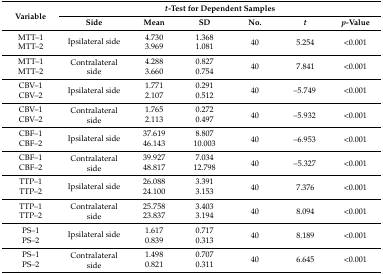
<table><thead><tr><td rowspan="2"><b>Variable</b></td><td colspan="6"><b><i>t</i>-Test for Dependent Samples</b></td></tr><tr><td><b>Side</b></td><td><b>Mean</b></td><td><b>SD</b></td><td><b>No.</b></td><td><b><i>t</i></b></td><td><b><i>p</i>-Value</b></td></tr></thead><tbody><tr><td>MTT–1</td><td rowspan="2">Ipsilateral side</td><td>4.730</td><td>1.368</td><td rowspan="2">40</td><td rowspan="2">5.254</td><td rowspan="2">&lt;0.001</td></tr><tr><td>MTT–2</td><td>3.969</td><td>1.081</td></tr><tr><td>MTT–1</td><td rowspan="2">Contralateral side</td><td>4.288</td><td>0.827</td><td rowspan="2">40</td><td rowspan="2">7.841</td><td rowspan="2">&lt;0.001</td></tr><tr><td>MTT–2</td><td>3.660</td><td>0.754</td></tr><tr><td>CBV–1</td><td rowspan="2">Ipsilateral side</td><td>1.771</td><td>0.291</td><td rowspan="2">40</td><td rowspan="2">–5.749</td><td rowspan="2">&lt;0.001</td></tr><tr><td>CBV–2</td><td>2.107</td><td>0.512</td></tr><tr><td>CBV–1</td><td rowspan="2">Contralateral side</td><td>1.765</td><td>0.272</td><td rowspan="2">40</td><td rowspan="2">–5.932</td><td rowspan="2">&lt;0.001</td></tr><tr><td>CBV–2</td><td>2.113</td><td>0.497</td></tr><tr><td>CBF–1</td><td rowspan="2">Ipsilateral side</td><td>37.619</td><td>8.807</td><td rowspan="2">40</td><td rowspan="2">–6.953</td><td rowspan="2">&lt;0.001</td></tr><tr><td>CBF–2</td><td>46.143</td><td>10.003</td></tr><tr><td>CBF–1</td><td rowspan="2">Contralateral side</td><td>39.927</td><td>7.034</td><td rowspan="2">40</td><td rowspan="2">–5.327</td><td rowspan="2">&lt;0.001</td></tr><tr><td>CBF–2</td><td>48.817</td><td>12.798</td></tr><tr><td>TTP–1</td><td rowspan="2">Ipsilateral side</td><td>26.088</td><td>3.391</td><td rowspan="2">40</td><td rowspan="2">7.376</td><td rowspan="2">&lt;0.001</td></tr><tr><td>TTP–2</td><td>24.100</td><td>3.153</td></tr><tr><td>TTP–1</td><td rowspan="2">Contralateral side</td><td>25.758</td><td>3.403</td><td rowspan="2">40</td><td rowspan="2">8.094</td><td rowspan="2">&lt;0.001</td></tr><tr><td>TTP–2</td><td>23.837</td><td>3.194</td></tr><tr><td>PS–1</td><td rowspan="2">Ipsilateral side</td><td>1.617</td><td>0.717</td><td rowspan="2">40</td><td rowspan="2">8.189</td><td rowspan="2">&lt;0.001</td></tr><tr><td>PS–2</td><td>0.839</td><td>0.313</td></tr><tr><td>PS–1</td><td rowspan="2">Contralateral side</td><td>1.498</td><td>0.707</td><td rowspan="2">40</td><td rowspan="2">6.645</td><td rowspan="2">&lt;0.001</td></tr><tr><td>PS–2</td><td>0.821</td><td>0.311</td></tr></tbody></table>